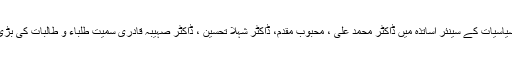
اس موقع پر شعبہ سیاسیات کے سینئر اساتذہ میں ڈاکٹر محمد علی ، محبوب مقدم، ڈاکٹر شہلا تحسین ، ڈاکٹر صہیبہ قادری سمیت طلباء و طالبات کی بڑی تعداد موجود تھی۔